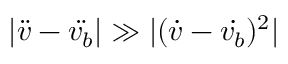
| \ddot { v } - \ddot { v _ { b } } | \gg | ( \dot { v } - \dot { v _ { b } } ) ^ { 2 } |